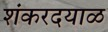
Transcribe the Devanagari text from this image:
शंकरदयाळ